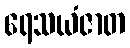
ရေသယံဇာတ